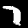
Label: 7